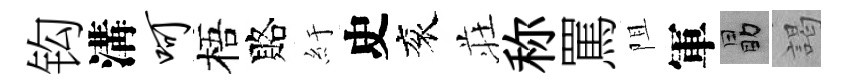
钩溝呵梧賂紆史衮荘称罵阻軍勗謁